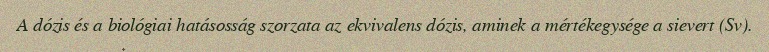
A dózis és a biológiai hatásosság szorzata az ekvivalens dózis, aminek a mértékegysége a sievert (Sv).